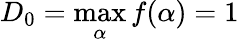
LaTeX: D_{0}=\operatorname*{max}_{\alpha}f(\alpha)=1